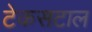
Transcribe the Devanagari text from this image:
टेकसटाल